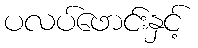
ပလပ်ဖောင်းနှင့်